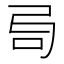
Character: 𠯶